Etiology and epidemiology of plague
Disease focus: Plague
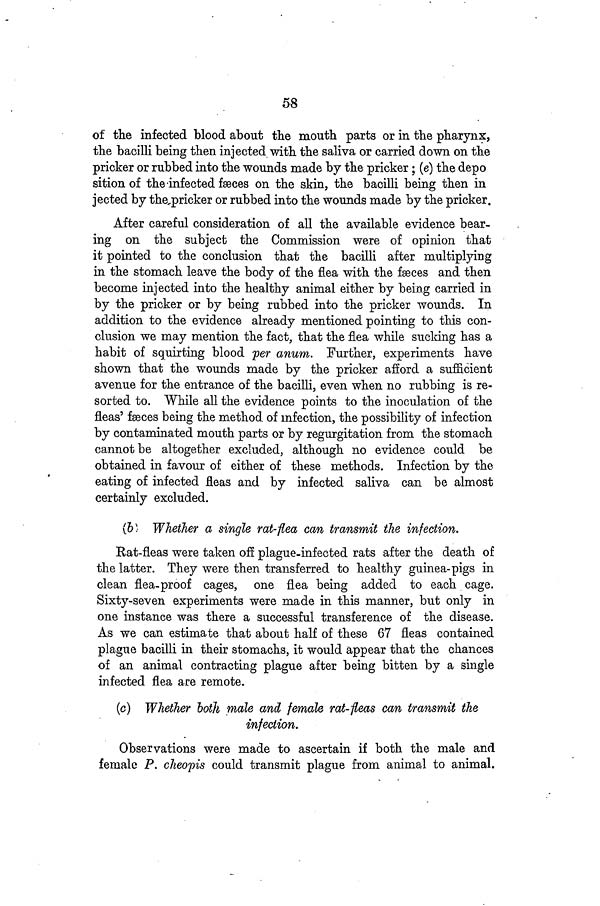
58
of the infected blood about the mouth parts or in the pharynx,
the bacilli being then injected with the saliva or carried down on the
pricker or rubbed into the wounds made by the pricker; (e) the depo
sition of the infected fæces on the skin, the bacilli being then in
jected by the pricker or rubbed into the wounds made by the pricker.
After careful consideration of all the available evidence bear-
ing on the subject the Commission were of opinion that
it pointed to the conclusion that the bacilli after multiplying
in the stomach leave the body of the flea with the fæces and then
become injected into the healthy animal either by being carried in
by the pricker or by being rubbed into the pricker wounds. In
addition to the evidence already mentioned pointing to this con-
clusion we may mention the fact, that the flea while sucking has a
habit of squirting blood per anum. Further, experiments have
shown that the wounds made by the pricker afford a sufficient
avenue for the entrance of the bacilli, even when no rubbing is re-
sorted to. While all the evidence points to the inoculation of the
fleas' fæces being the method of infection, the possibility of infection
by contaminated mouth parts or by regurgitation from the stomach
cannot be altogether excluded, although no evidence could be
obtained in favour of either of these methods. Infection by the
eating of infected fleas and by infected saliva can be almost
certainly excluded.
(b) Whether a single rat-flea can transmit the infection.
Rat-fleas were taken off plague-infected rats after the death of
the latter. They were then transferred to healthy guinea-pigs in
clean flea-proof cages, one flea being added to each cage.
Sixty-seven experiments were made in this manner, but only in
one instance was there a successful transference of the disease.
As we can estimate that about half of these 67 fleas contained
plague bacilli in their stomachs, it would appear that the chances
of an animal contracting plague after being bitten by a single
infected flea are remote.
(c) Whether both male and female rat-fleas can transmit the
infection.
Observations were made to ascertain if both the male and
female P. cheopis could transmit plague from animal to animal.